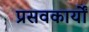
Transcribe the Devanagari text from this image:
प्रसवकार्यों